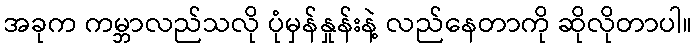
အခုက ကမ္ဘာလည်သလို ပုံမှန်နှုန်းနဲ့ လည်နေတာကို ဆိုလိုတာပါ။